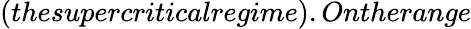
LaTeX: (thesupercriticalregime).Ontherange